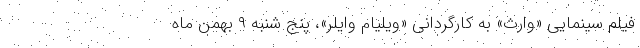
فیلم سینمایی «وارث» به کارگردانی «ویلیام وایلر»، پنج شنبه ۹ بهمن ماه